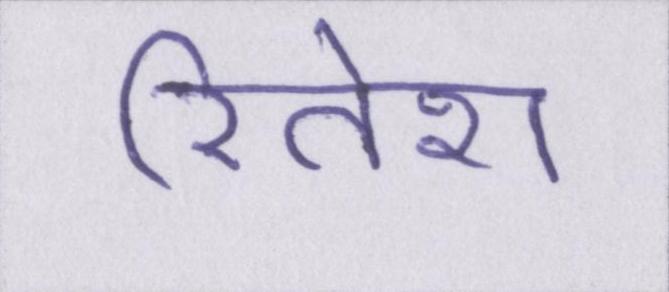
रितेश